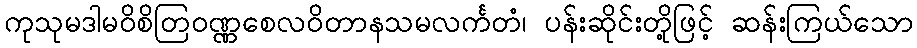
ကုသုမဒါမဝိစိတြဝဏ္ဏစေလဝိတာနသမလင်္ကတံ၊ ပန်းဆိုင်းတို့ဖြင့် ဆန်းကြယ်သော